Vaccination United Provinces of Agra and Oudh 1902-1913 - 1902-1913
Year: 1902
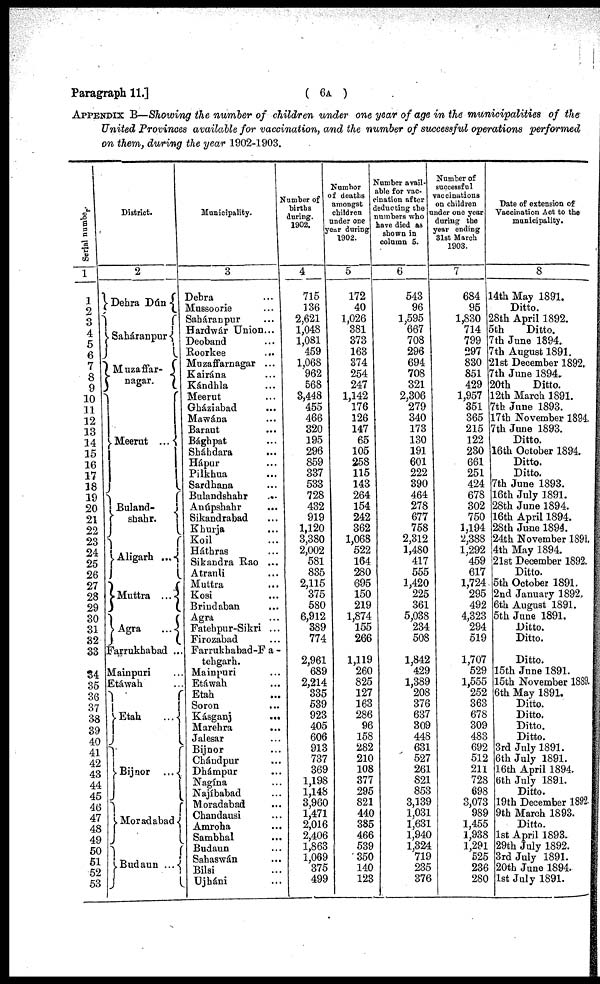
Paragraph 11.]
( 6A )
APPENDIX B—Showing the number of children under one year of age in the municipalities of the
United Provinces available for vaccination, and the number of successful operations performed
on them, during the year 1902-1903.
Serial number.
1
1
2
3
4
5
6
7
8
9
10
11
12
13
14
15
16
17
18
19
20
21
22
23
24
25
26
27
28
29
30
31
32
33
34
35
36
37
38
39
40
41
49
43
44
45
46
47
48
49
50
51
52
53
District.
2
Dehra Dún
Saháranpur
Muzaffar-
nagar.
Meerut
...
Buland-
shahr.
Aligarh
...
Muttra
...
Agra
...
Farrukhabad ..
Mainpuri ...
Etáwah ...
Etah
...
Bijnor ...
Moradabad
Budaun
...
Municipality.
3
Dehra
...
Mussoorie
...
Saháranpur
...
Hardwár Union...
Deoband
...
Roorkee ...
Muzaffarnagar ...
Kairána ...
Kándhla ...
Meerut ...
Gháziabad ...
Mawána ...
Baraut ...
Bághpat ...
Sháhdara ...
Hápur ...
Pilkhua ...
Sardhana ...
Bulandshahr
...
Anúpshahr
...
Sikandrabad ...
Khurja ...
Koil ...
Háthras ...
Sikandra Rao ...
Atrauli ...
Muttra ...
Kosi ...
Brindaban ...
Agra ...
Fatehpur-Sikri ...
Firozabad ...
Farrukhabad-Fa -
tehgarh.
Mainpuri ...
Etáwah ...
Etah
...
Soron ...
Kásganj
...
Marehra ...
Jalesar ...
Bijnor ...
Chándpur ...
Dhámpur ...
Nagína ...
Najíbabad ...
Moradabad ...
Chandausi ...
Amroha ...
Sambhal ...
Budaun ...
Sahaswán ...
Bilsi ...
Ujháni
Number of
births
during.
1902.
4
715
136
2,621
1,048
1,081
459
1,068
962
568
3,448
455
466
320
195
296
859
337
533
728
432
919
1,120
3,380
2,002
581
835
2,115
375
580
6,912
389
774
2,961
689
2,214
335
539
923
405
606
913
737
369
1,198
1,148
3,960
1,471
2,016
2,406
1,863
1,069
375
499
Number
of deaths
amongst
children
under one
year during
1902.
5
172
40
1,026
381
373
163
374
254
247
1,142
176
126
147
65
105
258
115
143
264
154
242
362
1,068
522
164
280
695
150
219
1,874
155
266
1,119
260
825
127
163
286
96
158
282
210
108
377
295
821
440
385
466
539
350
140
123
Number avail-
able for vac-
cination after
deducting the
numbers who
have died as
shown in
column 5.
6
543
96
1,595
667
708
296
694
708
321
2,306
279
340
173
130
191
601
222
390
464
278
677
758
2,312
1,480
417
555
1,420
225
361
5,038
234
508
1,842
429
1,389
208
376
637
309
448
631
527
261
821
853
3,139
1,031
1,631
1,940
1,324
719
235
376
Number of
successful
vaccinations
on children
under one year
during the
year ending
31st March
1903.
7
684
95
1,830
714
799
297
830
851
429
1,957
351
365
215
122
230
661
251
424
678
302
750
1,194
2,388
1,292
459
617
1,724
295
492
4,323
294
519
1,707
529
1,555
252
363
678
309
483
692
512
211
728
698
3,073
989
1,455
1,938
1,291
525
236
280
Date of extension of
Vaccination Act to the
municipality.
8
14th May 1891.
Ditto.
28th April 1892.
5th
Ditto.
7th June 1894.
7th August 1891.
21st December 1892.
7th June 1894.
20th
Ditto.
12th March 1891.
7th June 1893.
17th November 1894.
7th June 1893.
Ditto.
16th October 1894.
Ditto.
Ditto.
7th June 1893.
16th July 1891.
28th June 1894.
16th April 1894.
28th June 1894.
24th November 1891.
4th May 1894.
21st December 1892.
Ditto.
5th October 1891.
2nd January 1892.
6th August 1891.
5th June 1891.
Ditto.
Ditto.
Ditto.
15th June 1891.
15th November 1889.
6th May 1891.
Ditto.
Ditto.
Ditto.
Ditto.
3rd July 1891.
6th July 1891.
16th April 1894.
6th July 1891.
Ditto.
19th December 1892.
9th March 1893.
Ditto.
1st April 1893.
29th July 1892.
3rd July 1891.
20th June 1894.
1st July 1891.